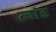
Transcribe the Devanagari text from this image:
त्वांड